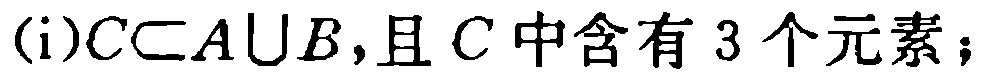
(i)$C\subset A\cup B$,且$C$中含有$3$个元素；